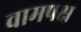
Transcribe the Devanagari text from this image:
वामपक्ष